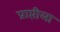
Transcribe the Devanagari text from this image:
प्राप्तीला